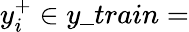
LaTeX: y_{i}^{+}\in y\_ train=